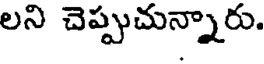
లని చెప్పచున్నారు.